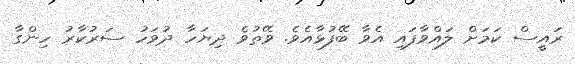
ރައީސް ކަމަށް ލައްވާފައި އެވާ ބޭފުޅާއެވެ. ވޭތުވެ ދިޔަހާ ދުވަހު ސަރުކާރު ހިންގާ